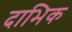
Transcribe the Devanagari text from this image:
दाभिक